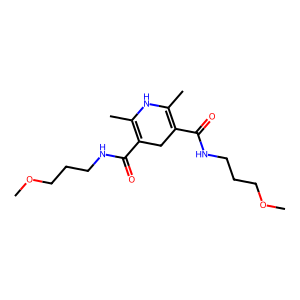
SMILES: COCCCNC(=O)C1=C(C)NC(C)=C(C(=O)NCCCOC)C1
Inhibits HIV replication: No